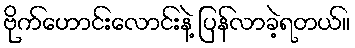
ဗိုက်ဟောင်းလောင်းနဲ့ ပြန်လာခဲ့ရတယ်။